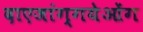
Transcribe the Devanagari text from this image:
दाएजांग्गयेओंग